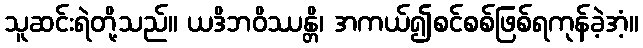
သူဆင်းရဲတို့သည်။ ယဒိဘဝိဿန္တိ၊ အကယ်၍စင်စစ်ဖြစ်ရကုန်ခဲ့အံ့။